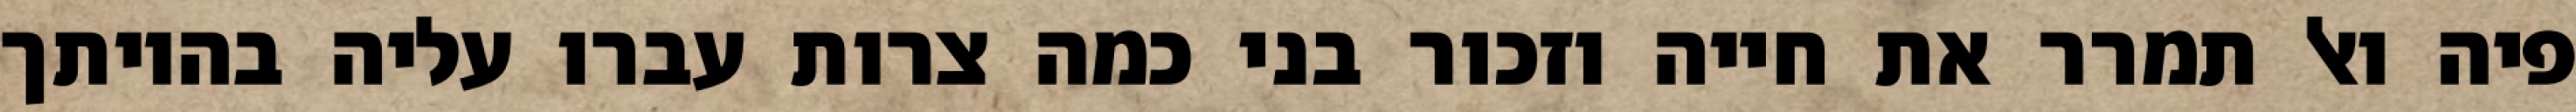
פיה ואל תמרר את חייה וזכור בני כמה צרות עברו עליה בהיותך